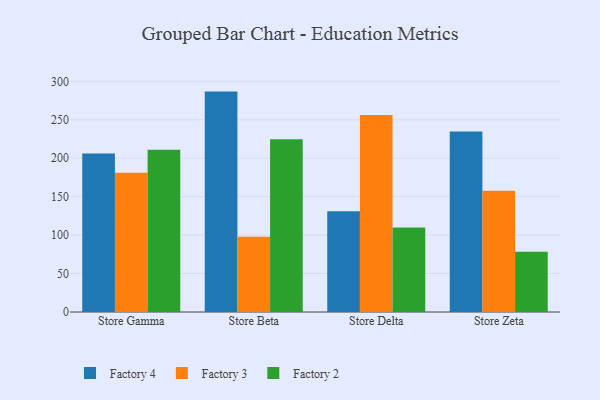
{"axis": {"x": "Store", "y": "Temperature (°C)"}, "legend": ["Factory 2", "Factory 3", "Factory 4"], "data": [{"x": "Store Gamma", "y": 206.2, "type": "Factory 4"}, {"x": "Store Gamma", "y": 181.2, "type": "Factory 3"}, {"x": "Store Gamma", "y": 211.0, "type": "Factory 2"}, {"x": "Store Beta", "y": 286.6, "type": "Factory 4"}, {"x": "Store Beta", "y": 97.8, "type": "Factory 3"}, {"x": "Store Beta", "y": 224.5, "type": "Factory 2"}, {"x": "Store Delta", "y": 131.0, "type": "Factory 4"}, {"x": "Store Delta", "y": 256.3, "type": "Factory 3"}, {"x": "Store Delta", "y": 109.8, "type": "Factory 2"}, {"x": "Store Zeta", "y": 234.7, "type": "Factory 4"}, {"x": "Store Zeta", "y": 157.7, "type": "Factory 3"}, {"x": "Store Zeta", "y": 78.5, "type": "Factory 2"}]}